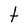
Character: t